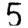
Digit: 5